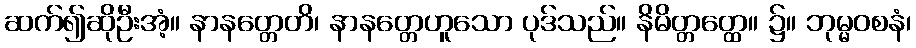
ဆက်၍ဆိုဦးအံ့။ နာနတ္တေတိ၊ နာနတ္တေဟူသော ပုဒ်သည်။ နိမိတ္တတ္ထေ။ ၌။ ဘုမ္မဝစနံ၊